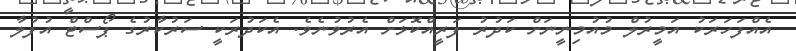
އެއްފަހަރަކު އަމީރުލް މުއުމިނީނަށް ކަދުރު ފަރީއްކޮޅަށް އެރުވުނެވެ. އެކަދުރަކީ ސަރުކާރުގެ ޕޯސްޓް އުފުލާ